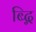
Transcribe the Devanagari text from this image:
ब्द्गि